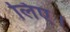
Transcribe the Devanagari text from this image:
लिए।